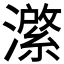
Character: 𭳆